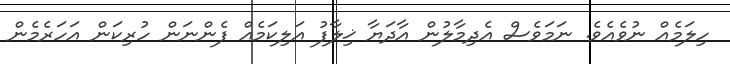
ހިލަމެއް ނުވެއެވެ. ނަމަވެސް އެދިމާލުން އާދަޔާ ޚިލާފު އަލިކަމެއް ފެންނަން ހުރިކަން އަހަރެމެން